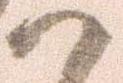
候